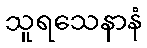
သူရသေနာနံ